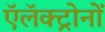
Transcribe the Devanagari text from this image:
ऍलॅक्ट्रोनों